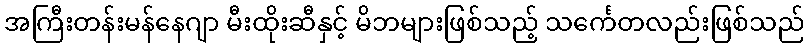
အကြီးတန်းမန်နေဂျာ မီးထိုးဆီနှင့် မိဘများဖြစ်သည့် သင်္ကေတလည်းဖြစ်သည်